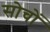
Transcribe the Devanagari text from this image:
सोचों